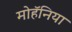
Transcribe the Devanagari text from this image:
मोहॅनिया